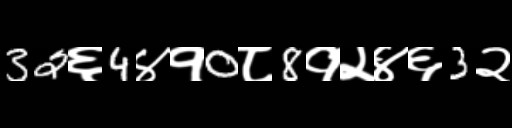
Text: 32६4४१0८8१२४६3२